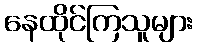
နေထိုင်ကြသူများ